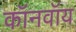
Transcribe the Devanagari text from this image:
कॉनवॉय